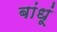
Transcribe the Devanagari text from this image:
बांधूं